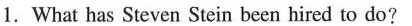
1. What has Steven Stein been hired to do?